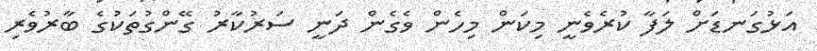
އަޅުގަނޑަށް ލަފާ ކުރެވެނީ މިކަން މިހެން ވެގެން ދަނީ ސަރުކާރު ގޭންގުތަކުގެ ބާރުވެރި